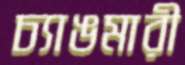
চ্যাঙমারী